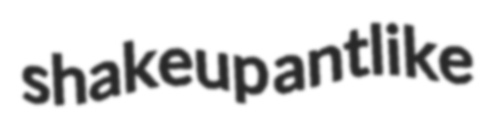
shakeup antlike